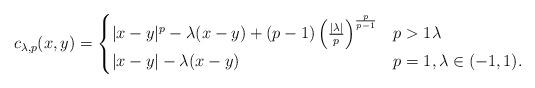
LaTeX: \begin{align*} c_{\lambda,p}(x,y)=\begin{cases} |x-y|^{p}-\lambda(x-y)+(p-1)\left(\frac{|\lambda|}{p} \right)^{\frac{p}{p-1}} & p>1\lambda\\ |x-y|-\lambda(x-y) & p=1, \lambda\in(-1,1). \end{cases} \end{align*}